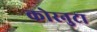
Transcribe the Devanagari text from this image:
कोरनुटा